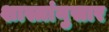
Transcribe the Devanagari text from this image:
शास्त्रांनुसार